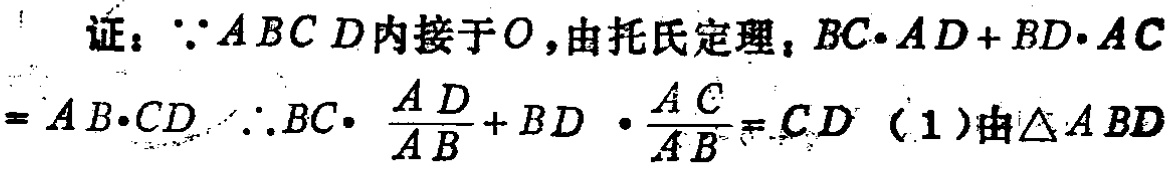
证：$\because ABCD$内接于$O$，由托氏定理，$BC\cdot AD + BD\cdot AC=AB\cdot CD$ $\therefore BC\cdot \frac{AD}{AB}+BD\cdot \frac{AC}{AB}=CD$ (1)由$\triangle ABD$